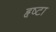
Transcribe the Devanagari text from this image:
हृष्टा